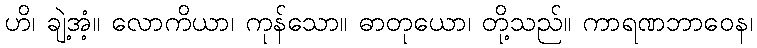
ဟိ၊ ချဲ့အံ့။ လောကိယာ၊ ကုန်သော။ ဓာတုယော၊ တို့သည်။ ကာရဏဘာဝေန၊